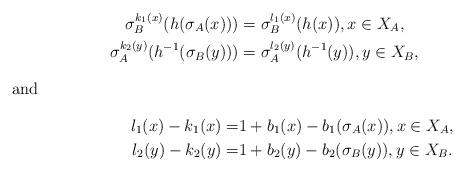
LaTeX: \begin{align*}\sigma_B^{k_1(x)} (h(\sigma_A(x))) & = \sigma_B^{l_1(x)}(h(x)),x \in X_A, \\\sigma_A^{k_2(y)} (h^{-1}(\sigma_B(y))) & = \sigma_A^{l_2(y)}(h^{-1}(y)),y \in X_B, \\\intertext{and}l_1(x) - k_1(x) = & 1 + b_1(x) - b_1(\sigma_A(x)), x \in X_A, \\l_2(y) - k_2(y) = & 1 + b_2(y) - b_2(\sigma_B(y)), y \in X_B. \end{align*}